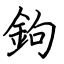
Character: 鉤